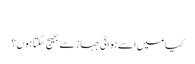
‬
‫کیا میں اسے ہوائی جہاز سے بھیج سکتا ہوں؟